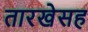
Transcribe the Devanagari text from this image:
तारखेसह